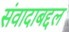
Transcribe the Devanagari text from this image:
संवादाबद्दल